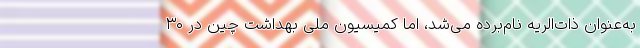
به‌عنوان ذات‌الریه نام‌برده می‌شد، اما کمیسیون ملی بهداشت چین در ۳۰